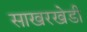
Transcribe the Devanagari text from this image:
साखरखेडी